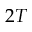
2 T